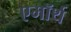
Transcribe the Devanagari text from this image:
एमॉर्थ